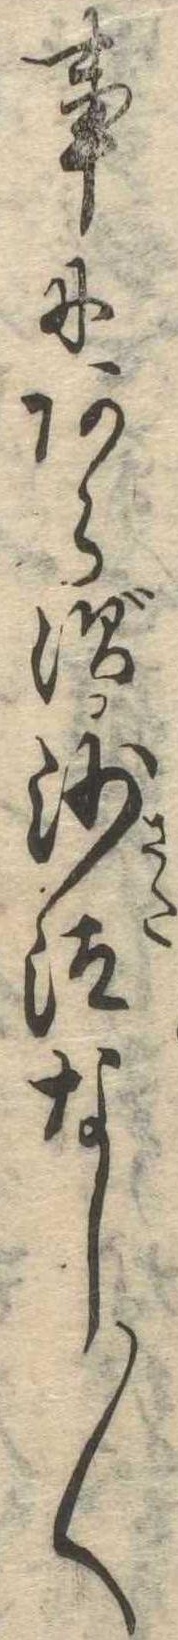
事にあらず沙汰なし〱